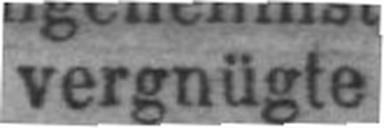
vergnügte